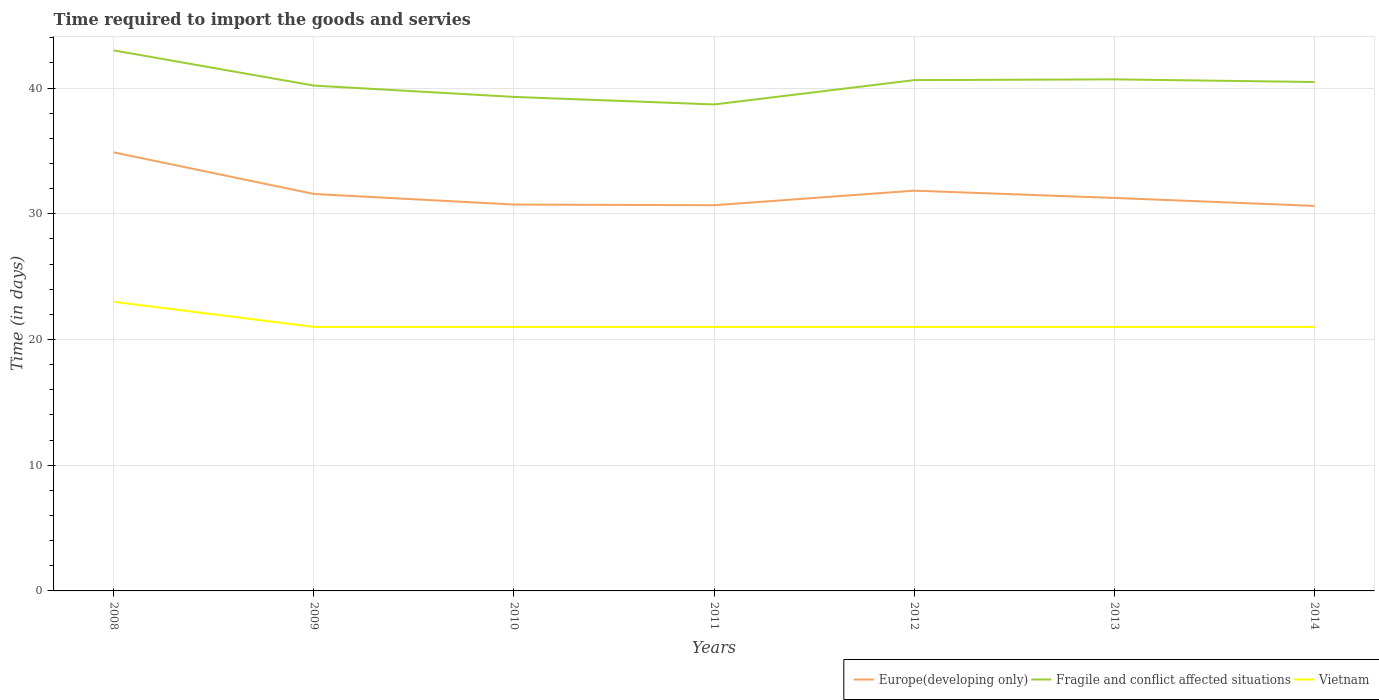
| Years | Europe(developing only) | Fragile and conflict affected situations | Vietnam |
 | --- | --- | --- | --- |
 | 2008 | 34.9 | 43 | 23 |
 | 2009 | 31.6 | 40.2 | 21 |
 | 2010 | 30.7 | 39.3 | 21 |
 | 2011 | 30.7 | 38.7 | 21 |
 | 2012 | 31.8 | 40.6 | 21 |
 | 2013 | 31.3 | 40.7 | 21 |
 | 2014 | 30.6 | 40.5 | 21 |